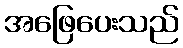
အဖြေပေးသည်